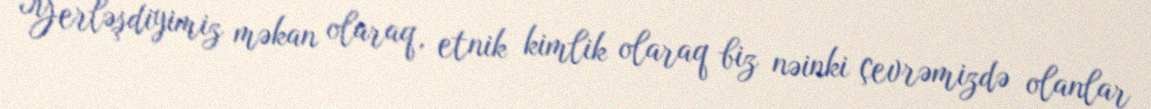
Yerləşdiyimiz məkan olaraq, etnik kimlik olaraq biz nəinki çevrəmizdə olanlar